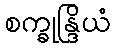
စက္ခုန္ဒြိယံ